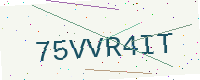
Text: 75VVR4IT